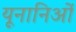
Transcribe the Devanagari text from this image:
यूनानिओं